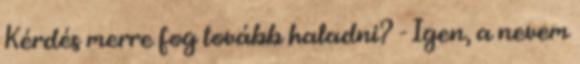
Kérdés merre fog tovább haladni? - Igen, a nevem